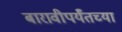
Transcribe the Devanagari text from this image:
बारावीपर्यँतच्या